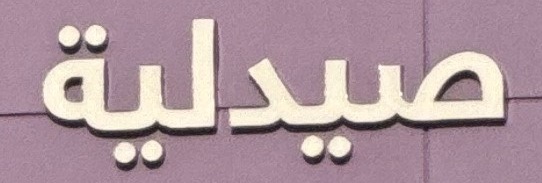
صیدلیة